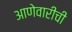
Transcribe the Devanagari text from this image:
आणेवारीची